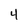
Character: 4